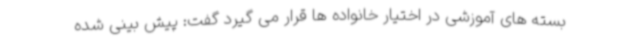
بسته های آموزشی در اختیار خانواده ها قرار می گیرد گفت: پیش بینی شده